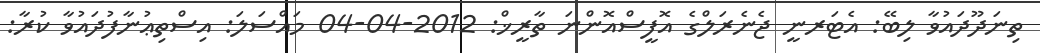
ތިނަދޫދައުވާ ލިބޭ: އެޓަރނީ ޖެނެރަލްގެ އޮފީސްއޮންނަ ތާރީޚް: 2012-04-04 މައްސަލަ: އިސްތިޢުނާފުދައުވާ ކުރާ: